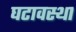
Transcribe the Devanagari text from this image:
घटावस्था